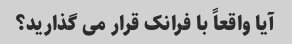
آیا واقعاً با فرانک قرار می گذارید؟